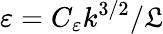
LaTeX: \varepsilon=C_{\varepsilon}k^{3/2}/\mathfrak{L}